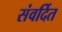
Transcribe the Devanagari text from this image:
संवर्दित